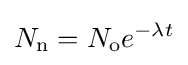
N_{\mathrm {n} }=N_{\mathrm {o} }e^{-\lambda t}